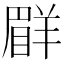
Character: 𦎨